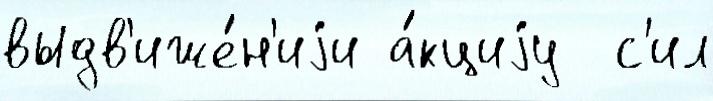
выдв'иже́н'иjи а́кциjу  с'ил